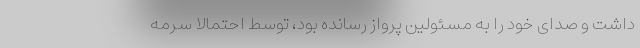
داشت و صدای خود را به مسئولین پرواز رسانده بود، توسط احتمالا سرمه